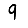
Digit: 9